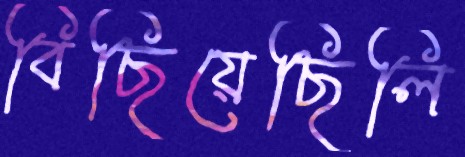
বিছিয়েছিলি